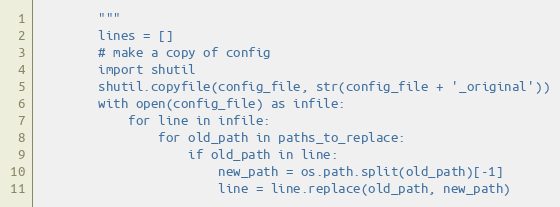
Language: Python
        """
        lines = []
        # make a copy of config
        import shutil
        shutil.copyfile(config_file, str(config_file + '_original'))
        with open(config_file) as infile:
            for line in infile:
                for old_path in paths_to_replace:
                    if old_path in line:
                        new_path = os.path.split(old_path)[-1]
                        line = line.replace(old_path, new_path)